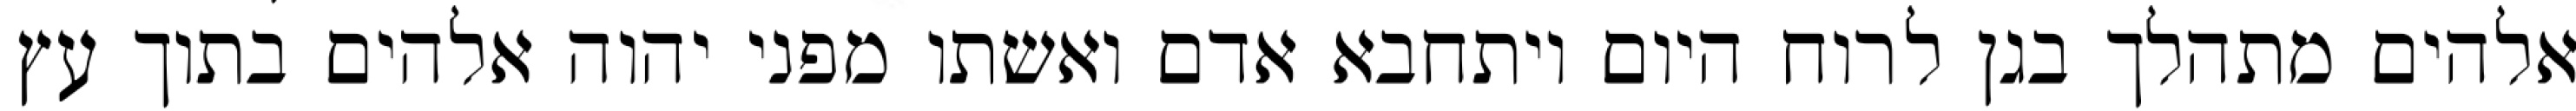
אלהים מתהלך בגן לרוח היום ויתחבא אדם ואשתו מפני יהוה אלהים בתוך עץ